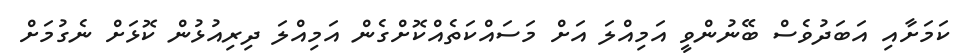
ކަމަށާއި އަބަދުވެސް ބޭނުންވީ އަމިއްލަ އަށް މަސައްކަތެއްކޮށްގެން އަމިއްލަ ދިރިއުޅުން ކޮޅަށް ނެގުމަށް